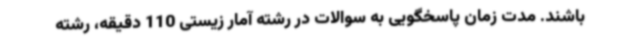
باشند. مدت زمان پاسخگویی به سوالات در رشته آمار زیستی 110 دقیقه، رشته